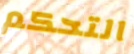
التحكم